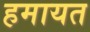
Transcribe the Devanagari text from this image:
हमायत